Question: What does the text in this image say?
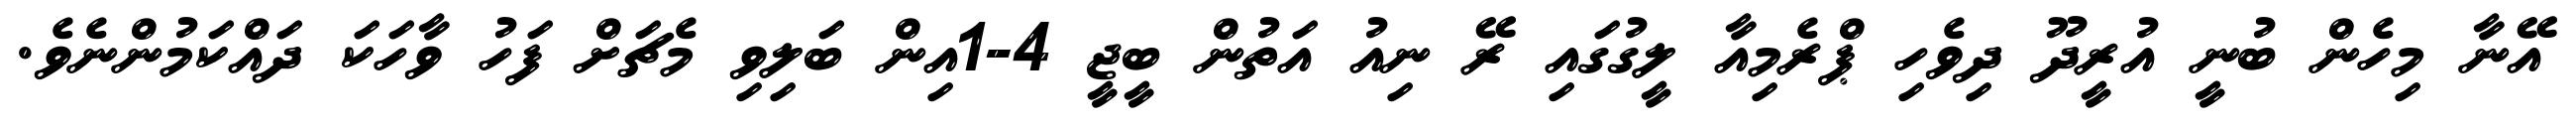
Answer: އޭނާ މިހެން ބުނީ އުރީދޫ ދިވެހި ޕްރެމިއާ ލީގުގައި ރޭ ނިއު އަތުން ބީޖީ 4-1އިން ބަލިވި މެޗަށް ފަހު ވާހަކަ ދައްކަމުންނެވެ.